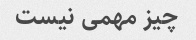
چیز مهمی نیست